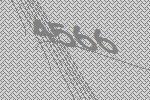
4566